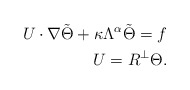
\begin{align*}U\cdot\nabla \tilde\Theta+\kappa\Lambda^\alpha\tilde\Theta =f\\U=R^\perp\Theta.\end{align*}